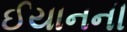
ઈયાનની